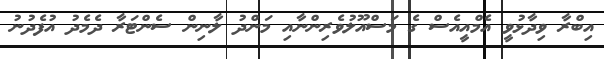
އިބްރާ ވިދާޅުވީ އެމްއީއެސް ގެ މަސްއޫލުވެރިންނާއި މަންދު ލާނިން ސެންޓަރާ ދެމެދު އުފެދުނު